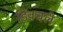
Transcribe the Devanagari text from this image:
डिवचले